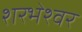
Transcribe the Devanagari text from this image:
शरभेश्वर